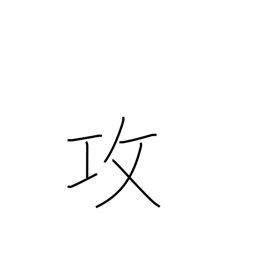
Meaning: criticize